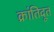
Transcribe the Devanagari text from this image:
क्रांतिदूत